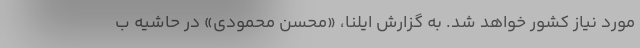
مورد نیاز کشور خواهد شد. به گزارش ایلنا، «محسن محمودی» در حاشیه ب